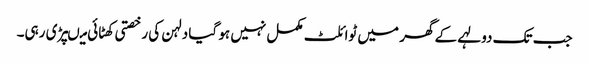
جب تک دولہے کے گھر میں ٹوائلٹ مکمل نہیں ہو گیا دلہن کی رخصتی کھٹائی میںپڑی رہی۔